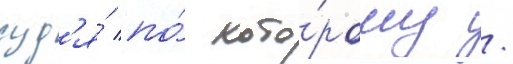
суд'я́ по́ кото́рому /